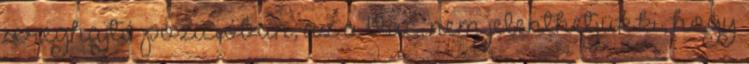
sereghajtó pozícióban, az a Vác, nem jelenthetjük ki, hogy